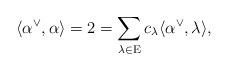
LaTeX: \begin{align*}\langle \alpha^\vee, \alpha \rangle = 2 = \sum \limits_{\lambda \in \mathrm E} c_\lambda \langle \alpha^\vee, \lambda \rangle,\end{align*}